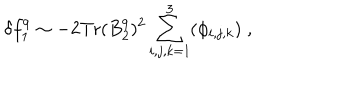
\delta f _ { 1 } ^ { 9 } \sim - 2 \mathrm { T r } ( B _ { 2 } ^ { 9 } ) ^ { 2 } \sum _ { i , j , k = 1 } ^ { 3 } ( \phi _ { i , j , k } ) \; ,